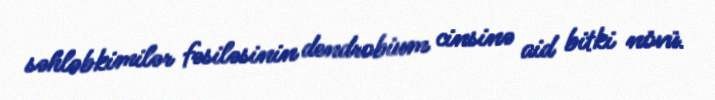
səhləbkimilər fəsiləsinin dendrobium cinsinə aid bitki növü.